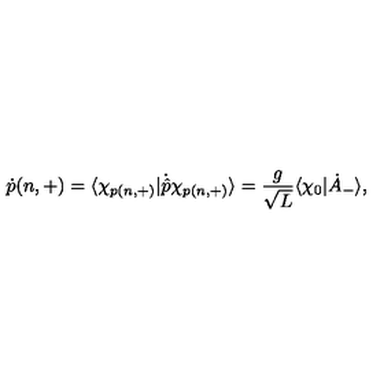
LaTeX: \dot { p } ( n , + ) = \langle \chi _ { p ( n , + ) } | \dot { \hat { p } } \chi _ { p ( n , + ) } \rangle = \frac { g } { \sqrt L } \langle \chi _ { 0 } | \dot { A } _ { - } \rangle ,